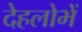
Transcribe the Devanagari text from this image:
देहलोभें